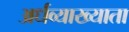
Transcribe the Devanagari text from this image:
अर्धव्याख्याता